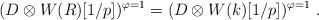
LaTeX: \begin{align*}(D\otimes W(R)[1/p])^{\varphi = 1} = (D\otimes W(k)[1/p])^{\varphi = 1}\ .\end{align*}